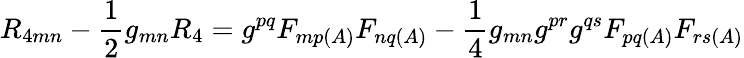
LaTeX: R_{4mn}-\frac{1}{2}g_{mn}R_{4}=g^{pq}F_{mp(A)}F_{nq(A)}-\frac{1}{4}g_{mn}g^{pr}g^{qs}F_{pq(A)}F_{rs(A)}